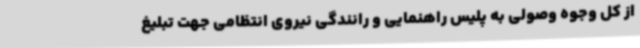
از کل وجوه وصولی به پلیس راهنمایی و رانندگی نیروی انتظامی جهت تبلیغ